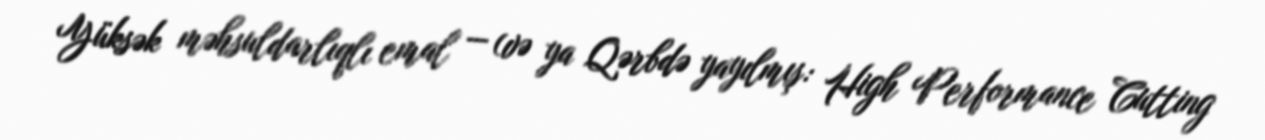
Yüksək məhsuldarlıqlı emal — (və ya Qərbdə yayılmış: High Performance Cutting